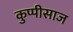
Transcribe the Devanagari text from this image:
कुप्पीसाज